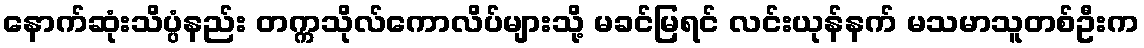
နောက်ဆုံးသိပ္ပံနည်း တက္ကသိုလ်ကောလိပ်များသို့ မခင်မြရင် လင်းယုန်နက် မသမာသူတစ်ဦးက